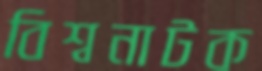
বিশ্বনাটক